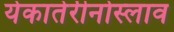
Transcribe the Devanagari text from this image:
येकातेरीनोस्लाव